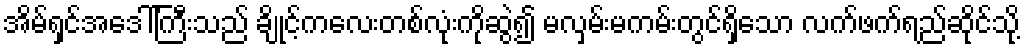
အိမ်ရှင်အဒေါ်ကြီးသည် ချိုင့်ကလေးတစ်လုံးကိုဆွဲ၍ မလှမ်းမကမ်းတွင်ရှိသော လက်ဖက်ရည်ဆိုင်သို့